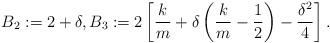
LaTeX: \begin{align*}B_2 := 2 + \delta,B_3 := 2\left[\frac{k}{m} + \delta\left(\frac{k}{m} - \frac{1}{2}\right) - \frac{\delta^2}{4}\right].\end{align*}